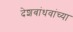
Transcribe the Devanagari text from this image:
देशबांधवांच्या